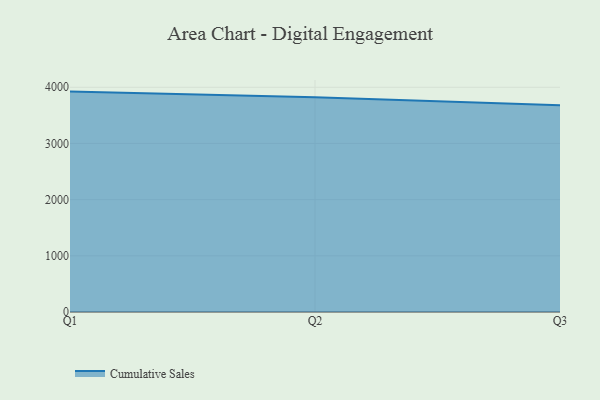
{"axis": {"x": "Quarter", "y": "Shipments"}, "legend": ["Cumulative Sales"], "data": [{"x": "Q1", "y": 3922.6, "type": "Cumulative Sales"}, {"x": "Q2", "y": 3821.3, "type": "Cumulative Sales"}, {"x": "Q3", "y": 3680.2, "type": "Cumulative Sales"}]}